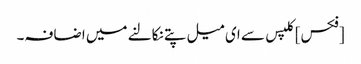
[فکس] کلپس سے ای میل پتے نکالنے میں اضافہ۔